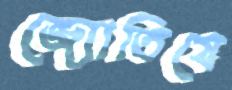
জ্যোতিষে